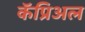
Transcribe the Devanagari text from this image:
कॅप्रिअल